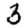
Digit: 3